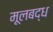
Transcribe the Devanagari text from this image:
मूलबद्ध